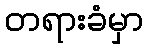
တရားခံမှာ